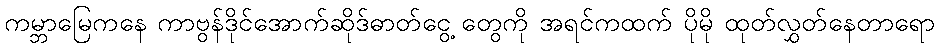
ကမ္ဘာမြေကနေ ကာဗွန်ဒိုင်အောက်ဆိုဒ်ဓာတ်ငွေ့ တွေကို အရင်ကထက် ပိုမို ထုတ်လွှတ်နေတာရော